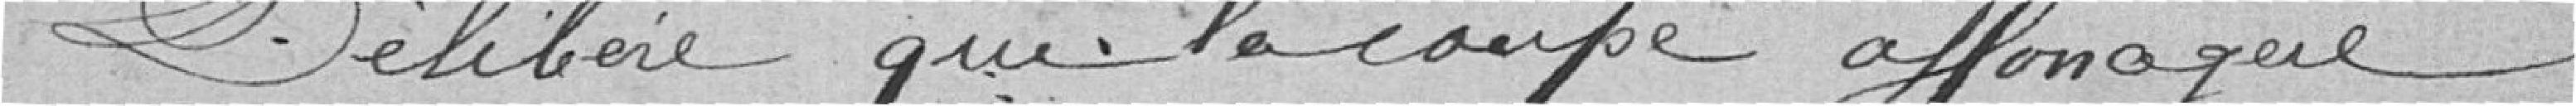
Délibère que la coupe affouagère